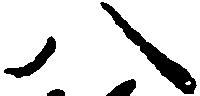
八